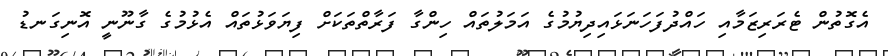
އެގޮތުން ޓެރަރިޒަމާއި ހައްދުފަހަނަޅައިދިޔުމުގެ އަމަލުތައް ހިންގާ ފަރާތްތަކަށް ފިޔަވަޅުތައް އެޅުމުގެ ގާނޫނީ އޮނިގަނޑު